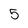
Character: 5